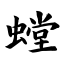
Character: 螳